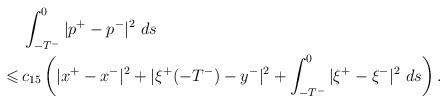
LaTeX: \begin{align*}&\,\int_{-T^-}^0|p^+-p^-|^2\ ds\\\leqslant&\,c_{15}\left(|x^+-x^-|^2+ |\xi^+(-T^-)-y^-|^2+\int_{-T^-}^0|\xi^+-\xi^-|^2\ ds\right).\end{align*}